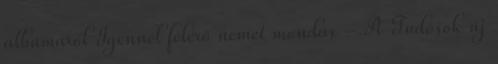
albumáról Igennel felérő nemet mondás - A Tudósok új